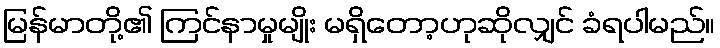
မြန်မာတို့၏ ကြင်နာမှုမျိုး မရှိတော့ဟုဆိုလျှင် ခံရပါမည်။